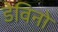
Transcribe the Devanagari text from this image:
डेविनो